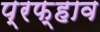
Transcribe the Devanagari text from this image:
प्रफ्हाव